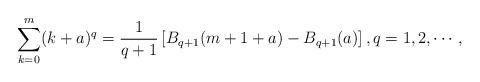
LaTeX: \begin{align*}\sum\limits_{k=0}^{m}(k+a)^q=\frac{1}{q+1}\left[ B_{q+1}(m+1+a)-B_{q+1}(a)\right], q=1,2,\cdots ,\end{align*}